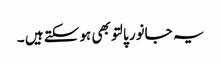
یہ جانور پالتو بھی ہوسکتے ہیں ۔